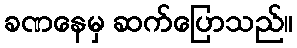
ခဏနေမှ ဆက်ပြောသည်။